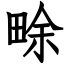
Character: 畭